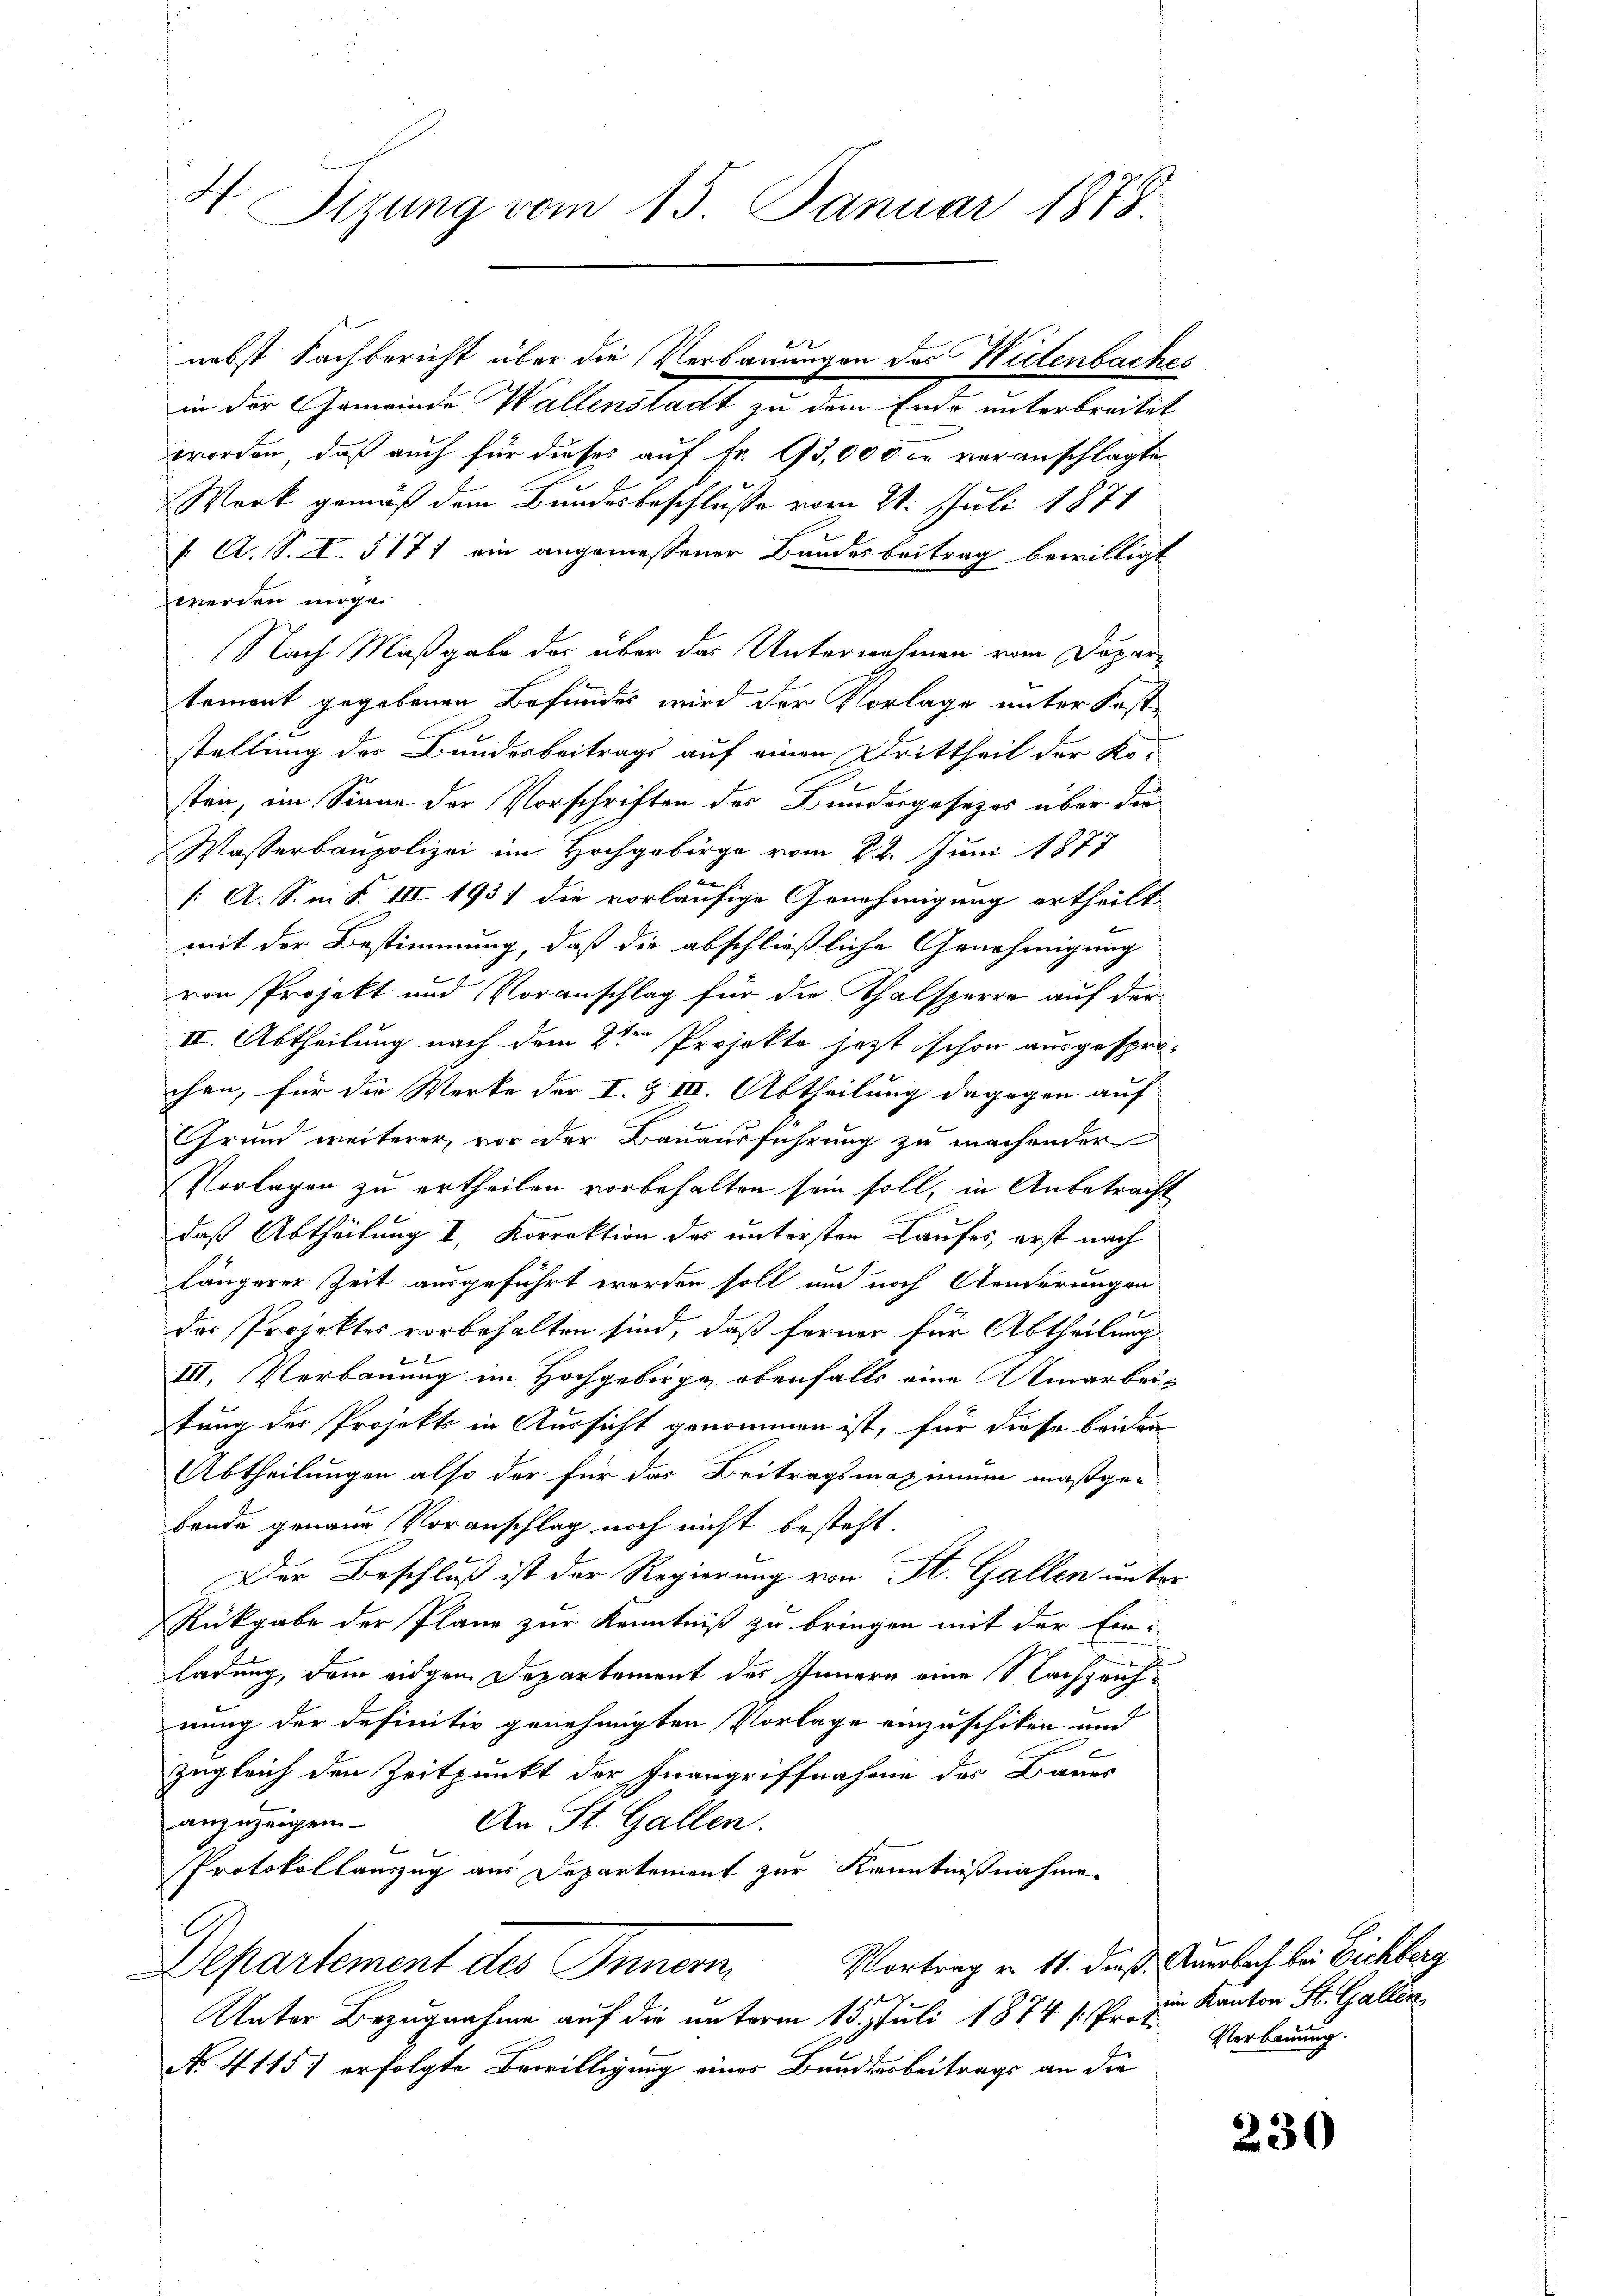
4 Sizung vom 15. Januar 1878.

nebst Fachbericht über die Verbauungen das Widenbaches
in der Gemeinde Wallenstatt zu dem Ende unterleitet
worden, daß auch für dieses auf Fr. 15,000. u veranschlagten
Werk gemäß dem Bundesbeschluße vom 21. Juli 1871
: A. S. I. 517) ein angemessener Bundesbeitrag bewilligt
werden mögen
Nach Maßgabe der über das Unternahmen vom Departement gegebenen Befundes wird der Vorlage unter Koststellung des Bundesbeitrags auf einen Drittheil der Kosten, im Sinne der Vorschriften des Bundesgesezes über die
Wasserbaupolizei im Hochgebirge vom 22. Juni 1877
[ A. S. m. S. III 193) die vorläufige Genehmigung ertheilt
mit der Bestimmung, daß die abschließliche Genehmigung
von Projekt und Voranschlag für die Thalsperre auf der
III. Abtheilung nach dem 2ten Projekte jezt schon ausgespro-
chen, für die Werke der I. & III. Abtheilung dagegen auf
Grund weiterer, vor der Bauausführung zu machender
Vorlagen zu ertheilen vorbehalten sein soll, in Anbetracht
daß Abtheilung I, Korrektion des untersten Laufes, erst nach
längerer Zeit ausgeführt worden soll und noch Anderungen
 f
das Projektes vorbehalten sind, daß ferner für Abtheilung
III. Verbauung im Hochgebirge, obenfalls eine Umarbeitung des Projekts in Aussicht genommen ist, für diese beiden
Abtheilungen also der für das Beitragsmaximum maßgebrade genaue Voranschlag noch nicht besteht.
Der Beschluß ist der Regierung von St. Gallen unter
Rückgabe der Plane zur Kenntniß zu bringen mit der Ein-
ladung, dem eigen Departement des Innern eine Nachzeichnung der definitiv genehmigten Vorlage einzuschiken und
zugleich den Zeitpunkt der Inangriffnahme des Baues
anzuzeigen
An St. Gallen.
Protokollauszug aus Departement zur Kenntnißnahme
Vortrag v. 11. dieß. Anerbach bei Bichberg
Departement des Innern
Unter Bezugnahme auf die unterm 15. Juli 1874 /: Prot
9
No. 4115 erfolgte Bewilligung eines Bundesbeitrags an die

im Kanton St. Gallen
Verbauung.

230